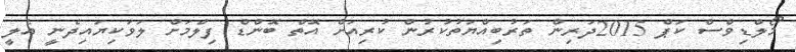
މޯލްޑިވްސް ކަޕް 2015ދަރިން ތަރުބިއްޔަތުކުރުން ކުރިއަށް އޮތް ބޮންޑް ފިލްމަށް ލަވަކިޔައިދެނީ އެލީ